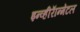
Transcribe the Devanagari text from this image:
इन्व्हीरॅान्मेंटल